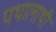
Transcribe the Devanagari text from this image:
पथालाथी